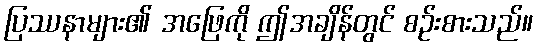
ပြဿနာများ၏ အဖြေကို ဤအချိန်တွင် စဉ်းစားသည်။